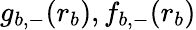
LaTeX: g_{b,-}(r_{b}),f_{b,-}(r_{b})